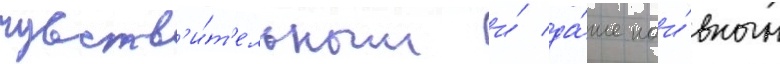
чувств'и́т'ельным и́ да́же наи́вным